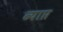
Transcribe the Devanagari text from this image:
ब्याप्त